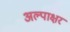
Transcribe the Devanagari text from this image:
अल्पाक्षर